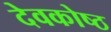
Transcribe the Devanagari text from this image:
देवकोष्ठ